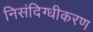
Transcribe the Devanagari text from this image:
निसंदिग्धीकरण